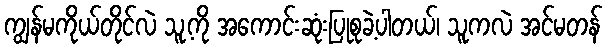
ကျွန်မကိုယ်တိုင်လဲ သူ့ကို အကောင်းဆုံးပြုစုခဲ့ပါတယ်၊ သူကလဲ အင်မတန်